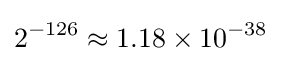
2^{-126}\approx 1.18\times 10^{-38}